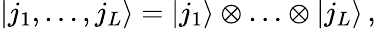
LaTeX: \left.\vert j_{1},\ldots,j_{L}\right\rangle=\left.\vert j_{1}\right\rangle\otimes\ldots\otimes\left.\vert j_{L}\right\rangle\, ,